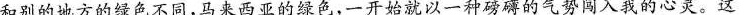
和别的地方的绿色不同，马来西亚的绿色，一开始就以一种磅礴的气势闯入我的心灵。这